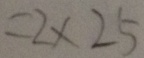
= 2 \times 2 5